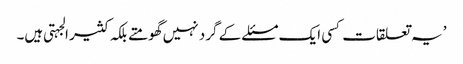
’یہ تعلقات کسی ایک مسئلے کے گرد نہیں گھومتے بلکہ کثیر الجہتی ہیں۔